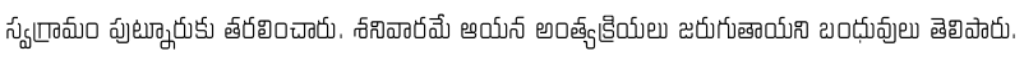
స్వగ్రామం పుట్నూరుకు తరలించారు. శనివారమే ఆయన అంత్యక్రియలు జరుగుతాయని బంధువులు తెలిపారు.